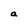
Character: a